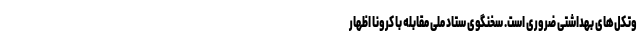
وتکل‌های بهداشتی ضروری است. سخنگوی ستاد ملی مقابله با کرونا اظهار